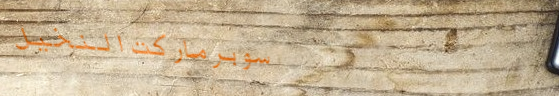
سوبرماركت النخيل